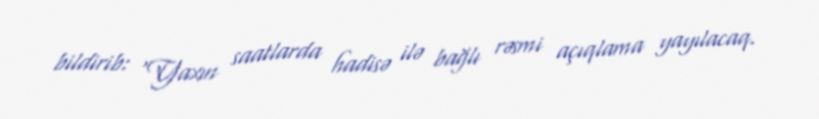
bildirib: “Yaxın saatlarda hadisə ilə bağlı rəsmi açıqlama yayılacaq.